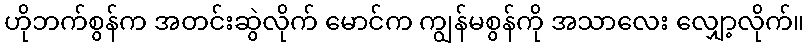
ဟိုဘက်စွန်က အတင်းဆွဲလိုက် မောင်က ကျွန်မစွန်ကို အသာလေး လျှော့လိုက်။